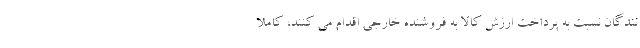
نندگان نسبت به پرداخت ارزش کالا به فروشنده خارجی اقدام می کنند، کاملا